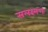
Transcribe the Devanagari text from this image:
सलक्ष्मणः